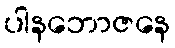
ပါနဘောဇနေ